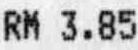
RM 3.85